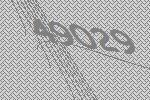
49029